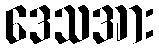
ဒေသအား